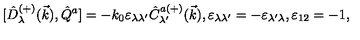
{ [ } \hat { D } _ { \lambda } ^ { ( + ) } ( \vec { k } ) , \hat { Q } ^ { a } ] = - k _ { 0 } \varepsilon _ { \lambda \lambda ^ { \prime } } \hat { C } _ { \lambda ^ { \prime } } ^ { a ( + ) } ( \vec { k } ) , \varepsilon _ { \lambda \lambda ^ { \prime } } = - \varepsilon _ { \lambda ^ { \prime } \lambda } , \varepsilon _ { 1 2 } = - 1 ,